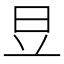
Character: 𣅋